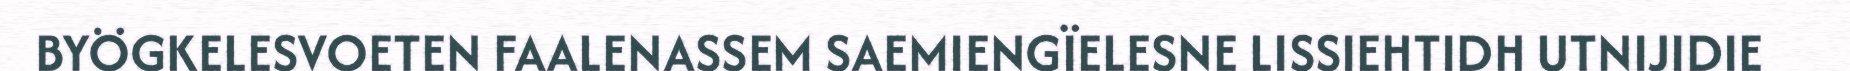
BYÖGKELESVOETEN FAALENASSEM SAEMIENGÏELESNE LISSIEHTIDH UTNIJIDIE